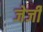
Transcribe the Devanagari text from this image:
जेर्जी